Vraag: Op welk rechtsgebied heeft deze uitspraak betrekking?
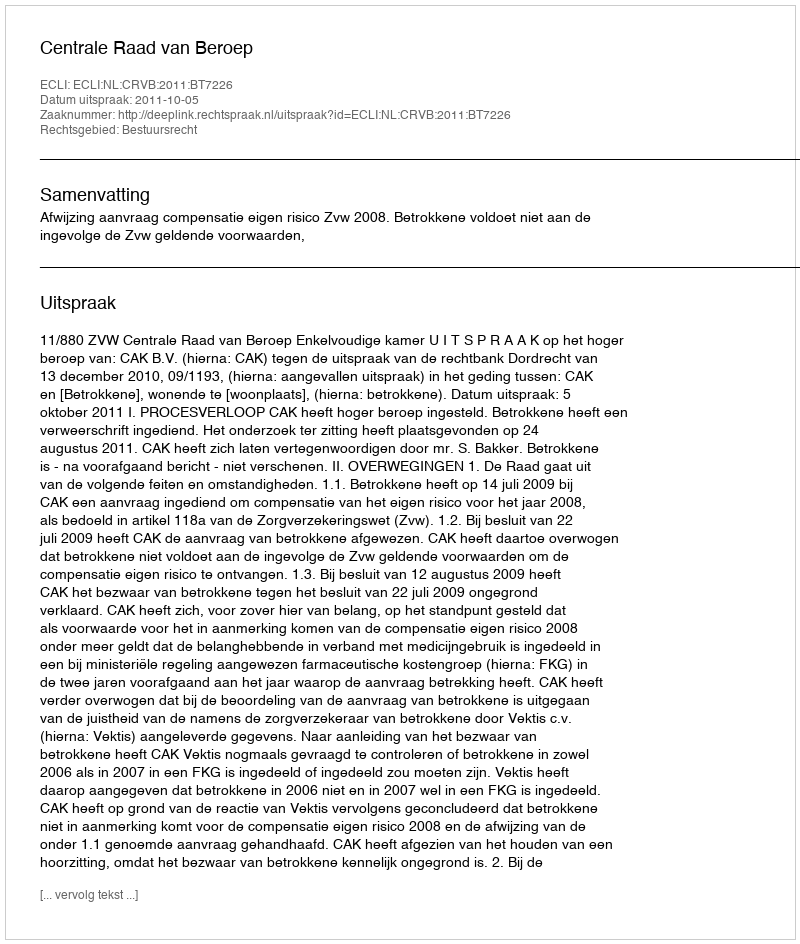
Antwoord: Bestuursrecht